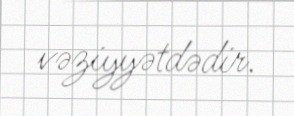
vəziyyətdədir.